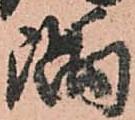
隅